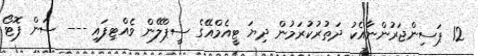
12 ޕަސިންޖަރުންނާއެކު ދަތުރުކުރަމުން ދިޔަ ޓީއެމްއޭގެ ސީޕްލޭން ވެއްޓިފައި --- ސަން ފޮޓޯ